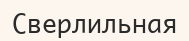
Сверлильная